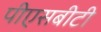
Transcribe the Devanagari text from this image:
पीएसबीटी